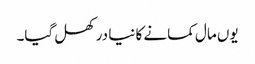
یوں مال کمانے کا نیا در کھل گیا۔